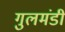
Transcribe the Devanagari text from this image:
गुलमंडी